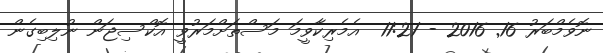
ނޮވެމްބަރު 16